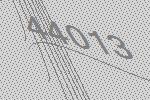
44013